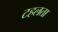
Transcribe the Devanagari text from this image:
टहलता